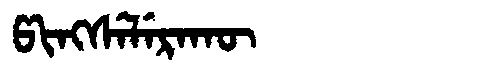
Manchu: ᡦᡳᠩᠰᡝᠯᡝᡵᠠᡴᡡ
Romanization: PINGSELERAKŪ